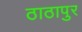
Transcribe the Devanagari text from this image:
ठाठापुर